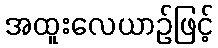
အထူးလေယာဉ်ဖြင့်